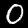
Digit: 0